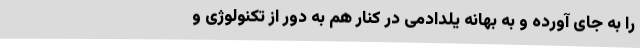
را به جای آورده و به بهانه یلدادمی در کنار هم به دور از تکنولوژی و